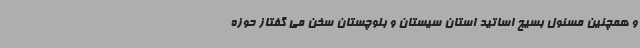
و همچنین مسئول بسیج اساتید استان سیستان و بلوچستان سخن می گفتاز حوزه